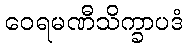
ဝေရမဏီသိက္ခာပဒံ